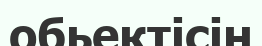
обьектісін